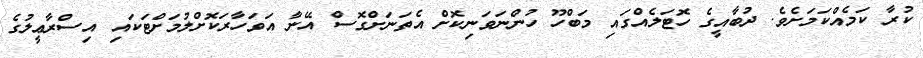
ކުރާ ކަމެއްކަމަށެވެ. ދުބާއީގެ ހޮޓަލެއްގައި މަބްހޫ ހުންނަވަނިކޮށް އެތަނަށްގޮސް އޭނާ އަވަހާރަކޮށްލުމަށްޓަކައި އިސްރާޢީލުގެ